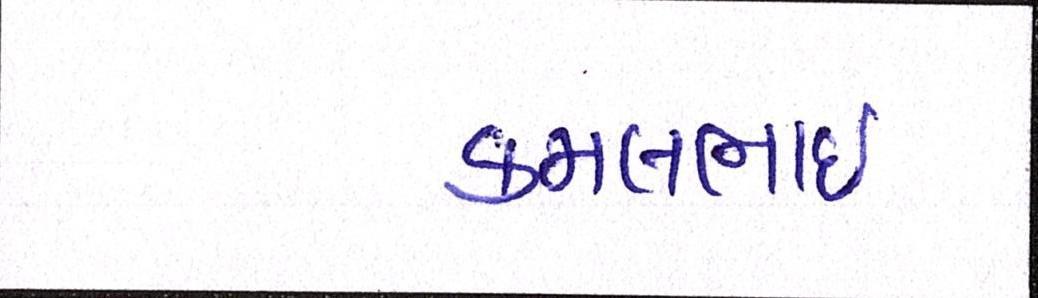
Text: કમલભાઇ